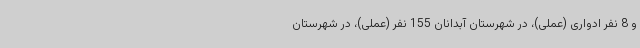
و 8 نفر ادواری (عملی)، در شهرستان آبدانان 155 نفر (عملی)، در شهرستان